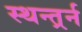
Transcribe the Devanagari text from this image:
स्थन्तर्र्न